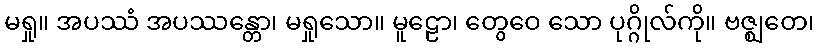
မရှု။ အပဿံ အပဿန္တော၊ မရှုသော။ မူဠော၊ တွေဝေ သော ပုဂ္ဂိုလ်ကို။ ဗဇ္ဈတေ၊